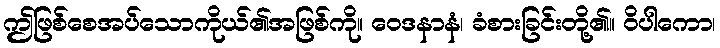
ဤဖြစ်စေအပ်သောကိုယ်၏အဖြစ်ကို။ ဝေဒနာနံ၊ ခံစားခြင်းတို့၏။ ဝိပါကော၊